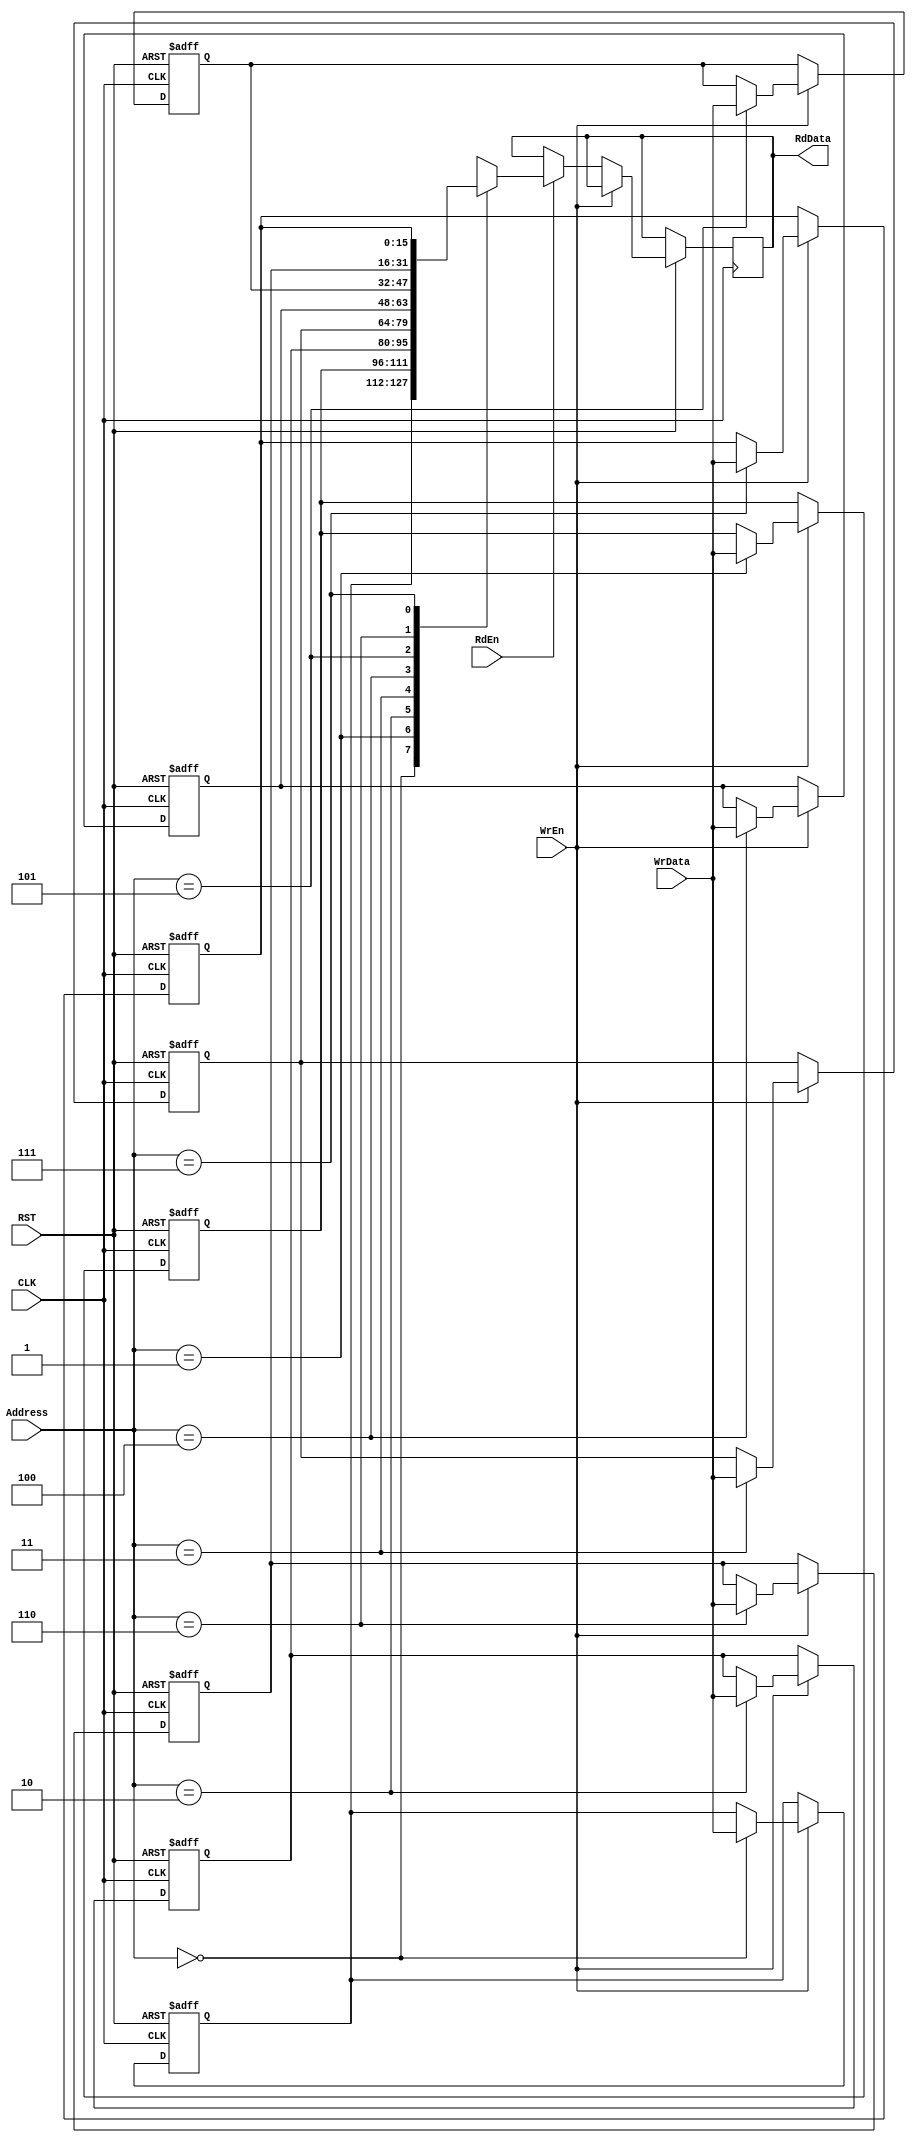
module Reg_File (
  input wire WrEn,
  input wire RdEn,
  input wire [2:0] Address,
  input wire [15:0] WrData,
  input wire CLK,
  input wire RST,
  output reg [15:0] RdData
  );
  
  reg [15:0] registers [7:0];
  integer index;
  
  always @(posedge CLK or negedge RST)
    begin
      if (!RST)
        begin
          for (index = 0; index < 8; index = index + 1)
            begin
              registers [index] <= 16'b0;
            end
        end
      else if (WrEn)
        begin
          registers [Address] <= WrData;
        end
      else if (RdEn)
        begin
          RdData <= registers [Address];
        end
    end
  
endmodule